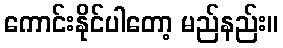
ကောင်းနိုင်ပါတော့ မည်နည်း။